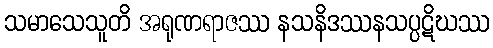
သမာသေသူတိ အရုဏရာဇဿ နသနိဒဿနသပ္ပဋိဃဿ